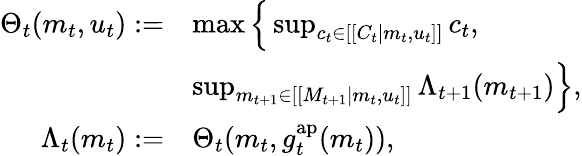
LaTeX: \begin{array}{rl}{\Theta_{t}(m_{t},u_{t}):=}&{\operatorname*{max}\Big\{ \operatorname*{sup}_{c_{t}\in[[C_{t}|m_{t},u_{t}]]}c_{t},}\\ &{\operatorname*{sup}_{m_{t+1}\in[[M_{t+1}|m_{t},u_{t}]]}\Lambda_{t+1}(m_{t+1})\Big\} ,}\\ {\Lambda_{t}(m_{t}):=}&{\Theta_{t}(m_{t},g_{t}^{\mathrm{ap}}(m_{t})),}\end{array}